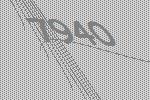
7940